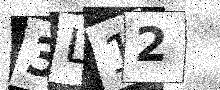
Text: 3L12